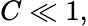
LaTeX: C\ll 1,